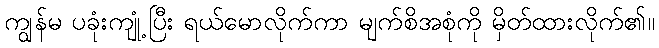
ကျွန်မ ပခုံးကျုံ့ပြီး ရယ်မောလိုက်ကာ မျက်စိအစုံကို မှိတ်ထားလိုက်၏။